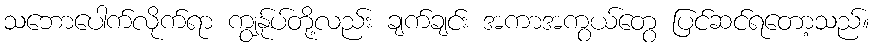
သဘောပေါက်လိုက်ရာ ကျွန်ုပ်တို့လည်း ချက်ချင်း အကာအကွယ်တွေ ပြင်ဆင်ရတော့သည်။